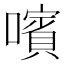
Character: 𡁟